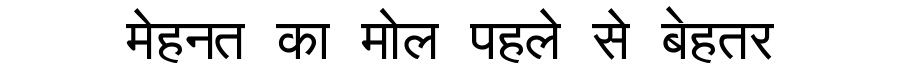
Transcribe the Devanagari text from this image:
मेहनत का मोल पहले से बेहतर